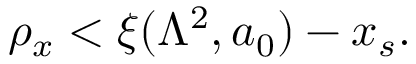
\rho _ { x } < \xi ( \Lambda ^ { 2 } , a _ { 0 } ) - x _ { s } .